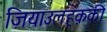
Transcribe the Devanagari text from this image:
ज़ियाउलहक़की